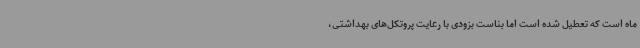
ماه است که تعطیل شده است اما بناست بزودی با رعایت پروتکل‌های بهداشتی،